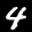
Label: 4